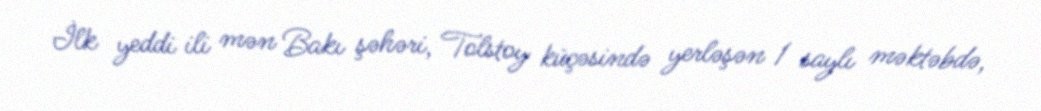
İlk yeddi ili mən Bakı şəhəri, Tolstoy küçəsində yerləşən 1 saylı məktəbdə,